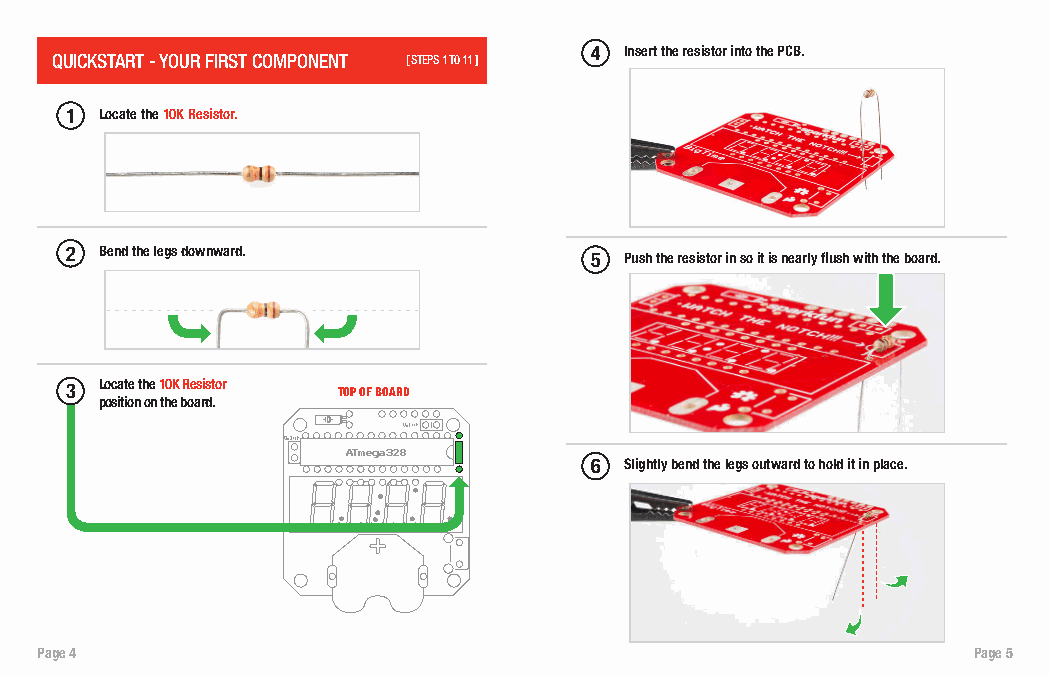
4 Insert the resistor into the PCB.
 QUICKSTART - YOUR FIRST COMPONENT [ STEPS 1 T0 11 ]
 1  Locate the 10K Resistor.
 2  Bend the legs downward.         5 Push the resistor in so it is nearly flush with the board.
 3  Locate the 10K Resistor TOP OF BOARD
 position on the board.
 6 Slightly bend the legs outward to hold it in place.
 Page 4                                                        Page 5